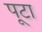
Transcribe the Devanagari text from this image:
पूटा